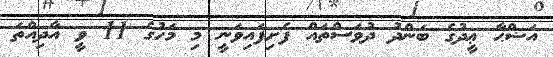
އަޟްޙާ ޢީދުގެ ބަންދު ދުވަސްތައް ފެށިފައިވަނީ މި މަހުގެ 11 ވީ އާދިއްތަ